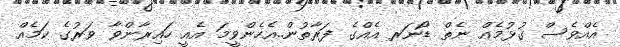
އެއްވެސް ގުޅުމެއް ނެތް ޑޯނަރ އެއްގެ ފަރާތުން..އެހެންވީމަ އެއީ ހައިރާންވާ ވަރުގެ ކަމެއް